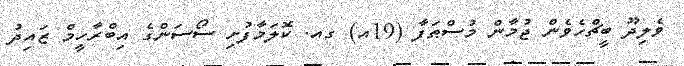
ވެލިދޫ ބީޗްހެވެން ޖުމާން މުސްޠަފާ (19އ) ގއ. ކޮލަމާފުށި ސޯސަންގެ އިބްރާހީމް ޒައިދު